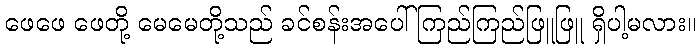
ဖေဖေ ဖေတို့ မေမေတို့သည် ခင်စန်းအပေါ် ကြည်ကြည်ဖြူဖြူ ရှိပါ့မလား။